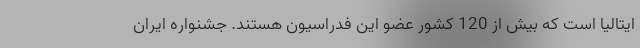
ایتالیا است که بیش از 120 کشور عضو این فدراسیون هستند. جشنواره ایران